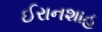
ઈરાનશાહ